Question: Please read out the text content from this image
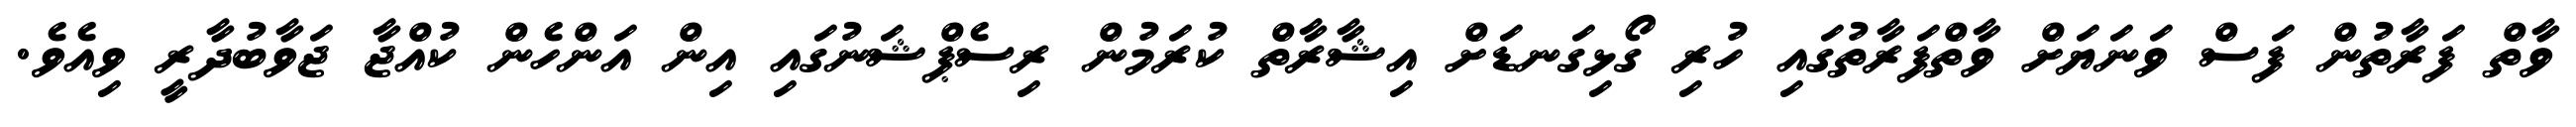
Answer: ވާތް ފަރާތުން ފަސް ވަނަޔަށް ވާތްފަރާތުގައި ހުރި ގޯޅިގަނޑަށް އިޝާރާތް ކުރަމުން ރިސެޕްޝަނުގައި އިން އަންހެން ކުއްޖާ ޖަވާބުދާރީ ވިއެވެ.